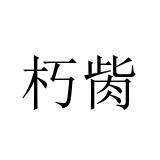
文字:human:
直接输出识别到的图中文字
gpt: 朽胔